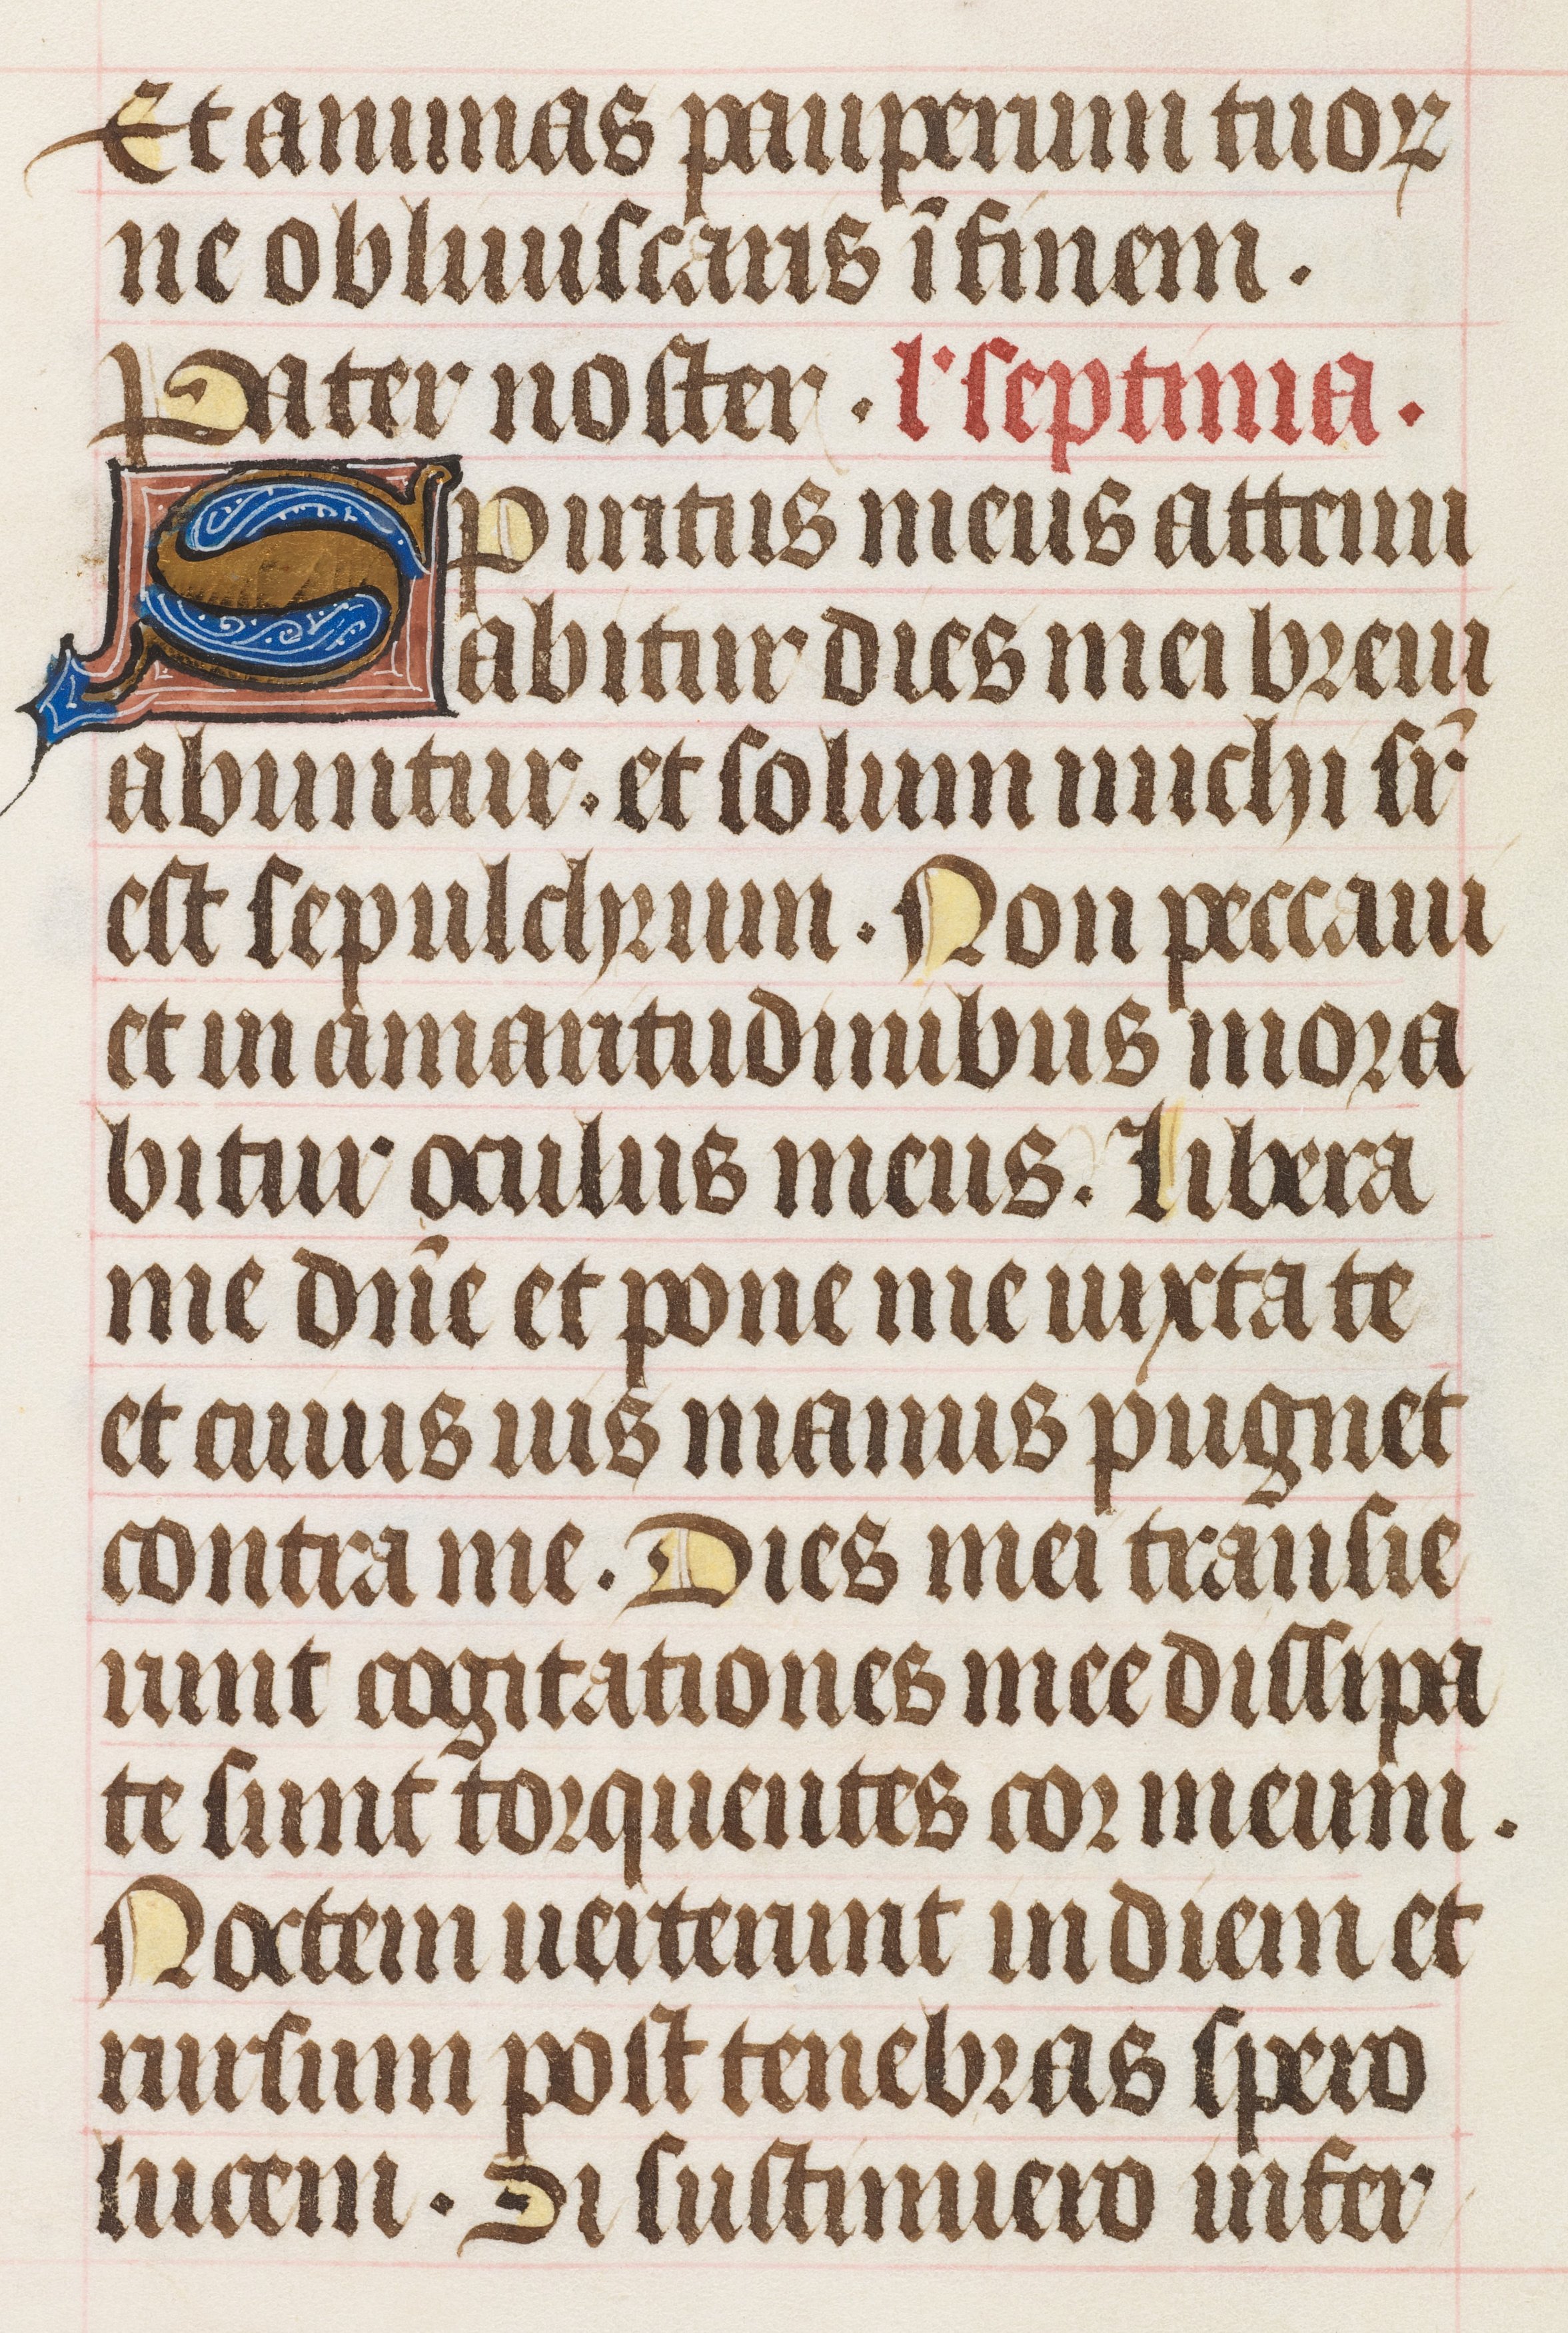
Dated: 1425–1465